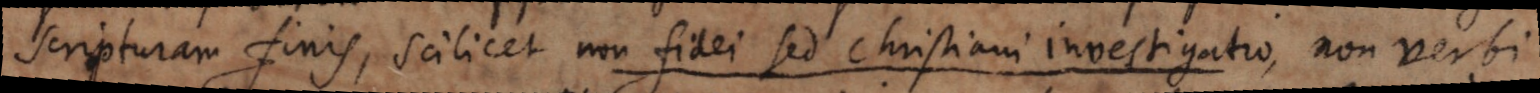
scripturam finis, scilicet non fidei sed Christiani investigatio, non verbi